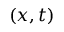
( x , t )